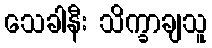
သေခါနီး သိက္ခာချသူ